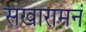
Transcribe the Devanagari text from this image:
सखारामनं